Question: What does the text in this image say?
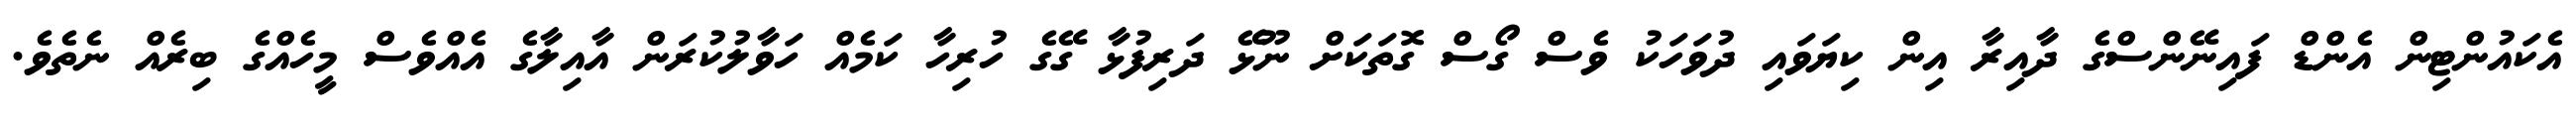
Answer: އެކައުންޓިން އެންޑް ފައިނޭންސްގެ ދާއިރާ އިން ކިޔަވައި ދުވަހަކު ވެސް ގޯސް ގޮތަކަށް ނޫޅޭ ދަރިފުޅާ ގޭގެ ހުރިހާ ކަމެއް ހަވާލުކުރަން އާއިލާގެ އެއްވެސް މީހެއްގެ ބިރެއް ނެތެވެ.